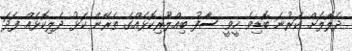
ދެލޮލަށް ކަރުނަ ބޮޑިވެ ހީވީ ސާފު ބިއްލޫރިކޮޅެއްގެ ތެރޭން ކަޅު ދެލިކޮޅެއް ފަދަ